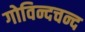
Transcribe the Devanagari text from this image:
गोविन्दचन्द